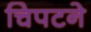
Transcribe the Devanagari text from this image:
चिपटने